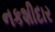
નકશીદાર